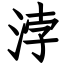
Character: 浡